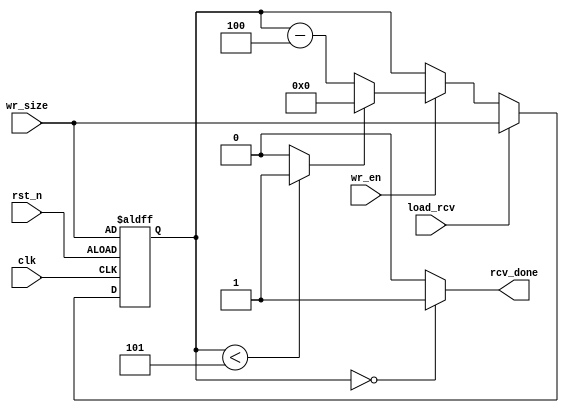
module ecc_core_rcv (/*AUTOARG*/
   // Outputs
   rcv_done,
   // Inputs
   clk, rst_n, wr_en, wr_size, load_rcv
   ) ;
   input           clk, rst_n;
   input           wr_en;
   input [15:0]    wr_size;

   input           load_rcv;
   output          rcv_done;

   reg [15:0]      size;
   wire            size_lst;
   wire [15:0]     size_sub;
   wire [15:0]     size_nxt;
   wire            rcv_done;

   assign size_lst = (size < 16'd5) ? 1 : 0;
   assign size_sub = size - 16'd4;
   assign size_nxt = size_lst ? 16'd0 : size_sub;
   assign rcv_done = (size == 16'd0) ? 1 : 0;

   always @ (posedge clk or negedge rst_n) begin
      if(!rst_n) begin
         size <= wr_size;
      end else begin
         if(load_rcv) begin
            size <= wr_size;
         end else if(wr_en) begin
            size <= size_nxt;
         end
      end
   end
endmodule // ecc_core_rcv